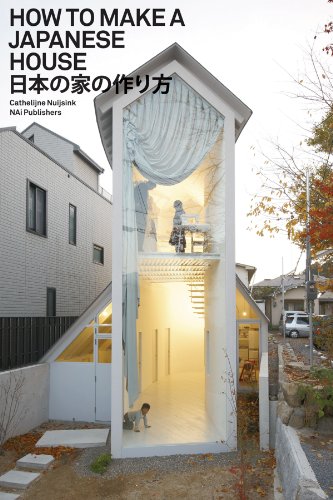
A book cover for How to Make a Japanese House; Cathelijne Nuijsink; Arts & Photography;